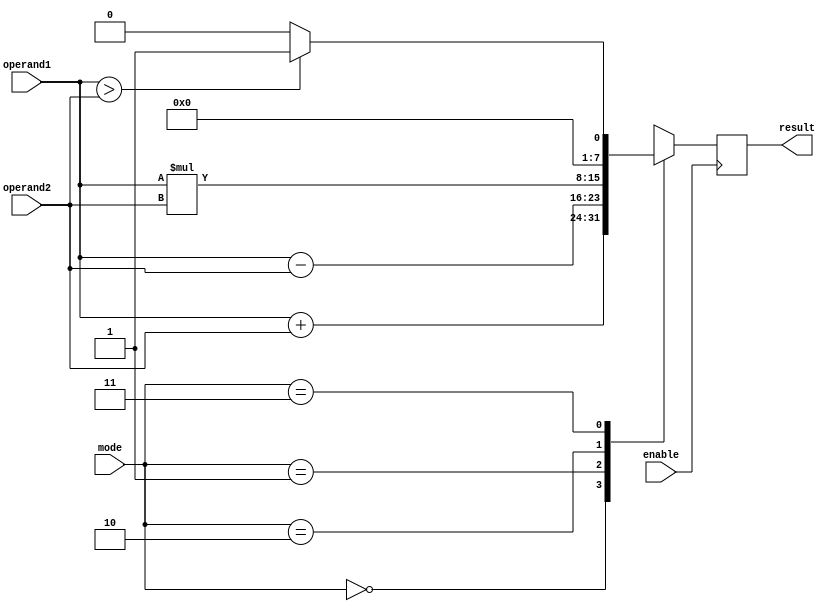
module ALU(input [7:0] operand1, operand2,
            input [1:0] mode,
            input enable,
            output reg [7:0] result);

    always @ (posedge enable)
    case (mode)
        2'b00: result = operand1 + operand2; // addition mode
        2'b01: result = operand1 - operand2; // subtraction mode
        2'b10: result = operand1 * operand2; // multiplication mode
        2'b11: if (operand1 > operand2) result = 8'b1; // comparison mode
                 else result = 8'b0;
    endcase

endmodule